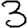
Digit: 3